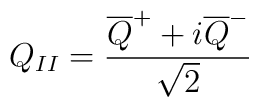
Q_{II} = \frac{\overline{Q}^+ + i\overline{Q}^-}{\sqrt{2}}